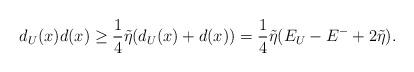
LaTeX: \begin{align*}d_U(x)d(x) \geq \frac{1}{4}\tilde{\eta}(d_U(x)+d(x))=\frac{1}{4}\tilde{\eta}(E_U-E^-+2\tilde{\eta}).\end{align*}